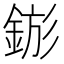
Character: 𨧗